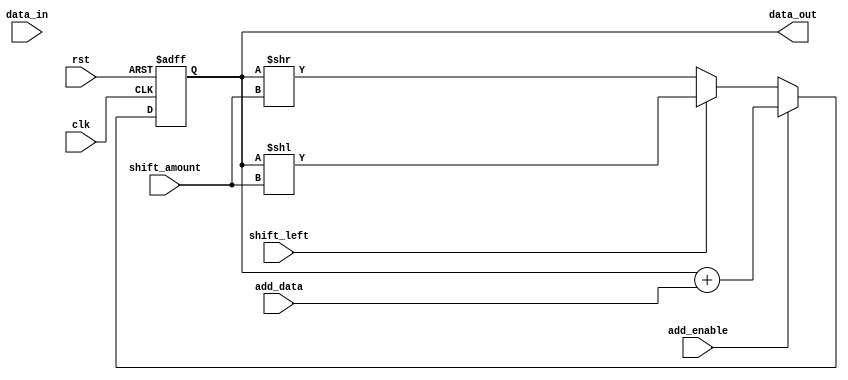
module shift_add_register (
    input wire clk,
    input wire rst,
    input wire shift_left,
    input wire [31:0] data_in,
    input wire [4:0] shift_amount,
    input wire add_enable,
    input wire [31:0] add_data,
    output reg [31:0] data_out
);

reg [31:0] register;

always @(posedge clk or posedge rst) begin
    if (rst) begin
        register <= 32'd0;
    end else begin
        if (shift_left) begin
            register <= register << shift_amount;
        end else begin
            register <= register >> shift_amount;
        end
        
        if (add_enable) begin
            register <= register + add_data;
        end
    end
end

assign data_out = register;

endmodule